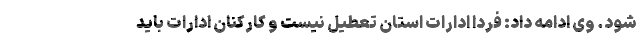
شود. وی ادامه داد: فردا ادارات استان تعطیل نیست و کارکنان ادارات باید